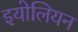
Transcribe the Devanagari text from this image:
इयोलियन